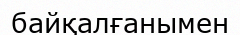
байқалғанымен